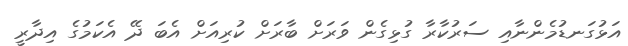
އަޅުގަނޑުމެންނާއި ސަރުކާރާ ގުޅިގެން ވަރަށް ބާރަށް ކުރިއަށް އެބަ ދޭ އެކަމުގެ އިދާރީ